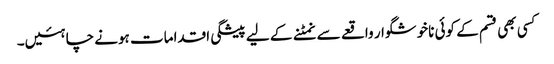
کسی بھی قسم کے کوئی ناخوشگوار واقعے سے نمٹنے کے لیے پیشگی اقدامات ہونے چاہئیں۔